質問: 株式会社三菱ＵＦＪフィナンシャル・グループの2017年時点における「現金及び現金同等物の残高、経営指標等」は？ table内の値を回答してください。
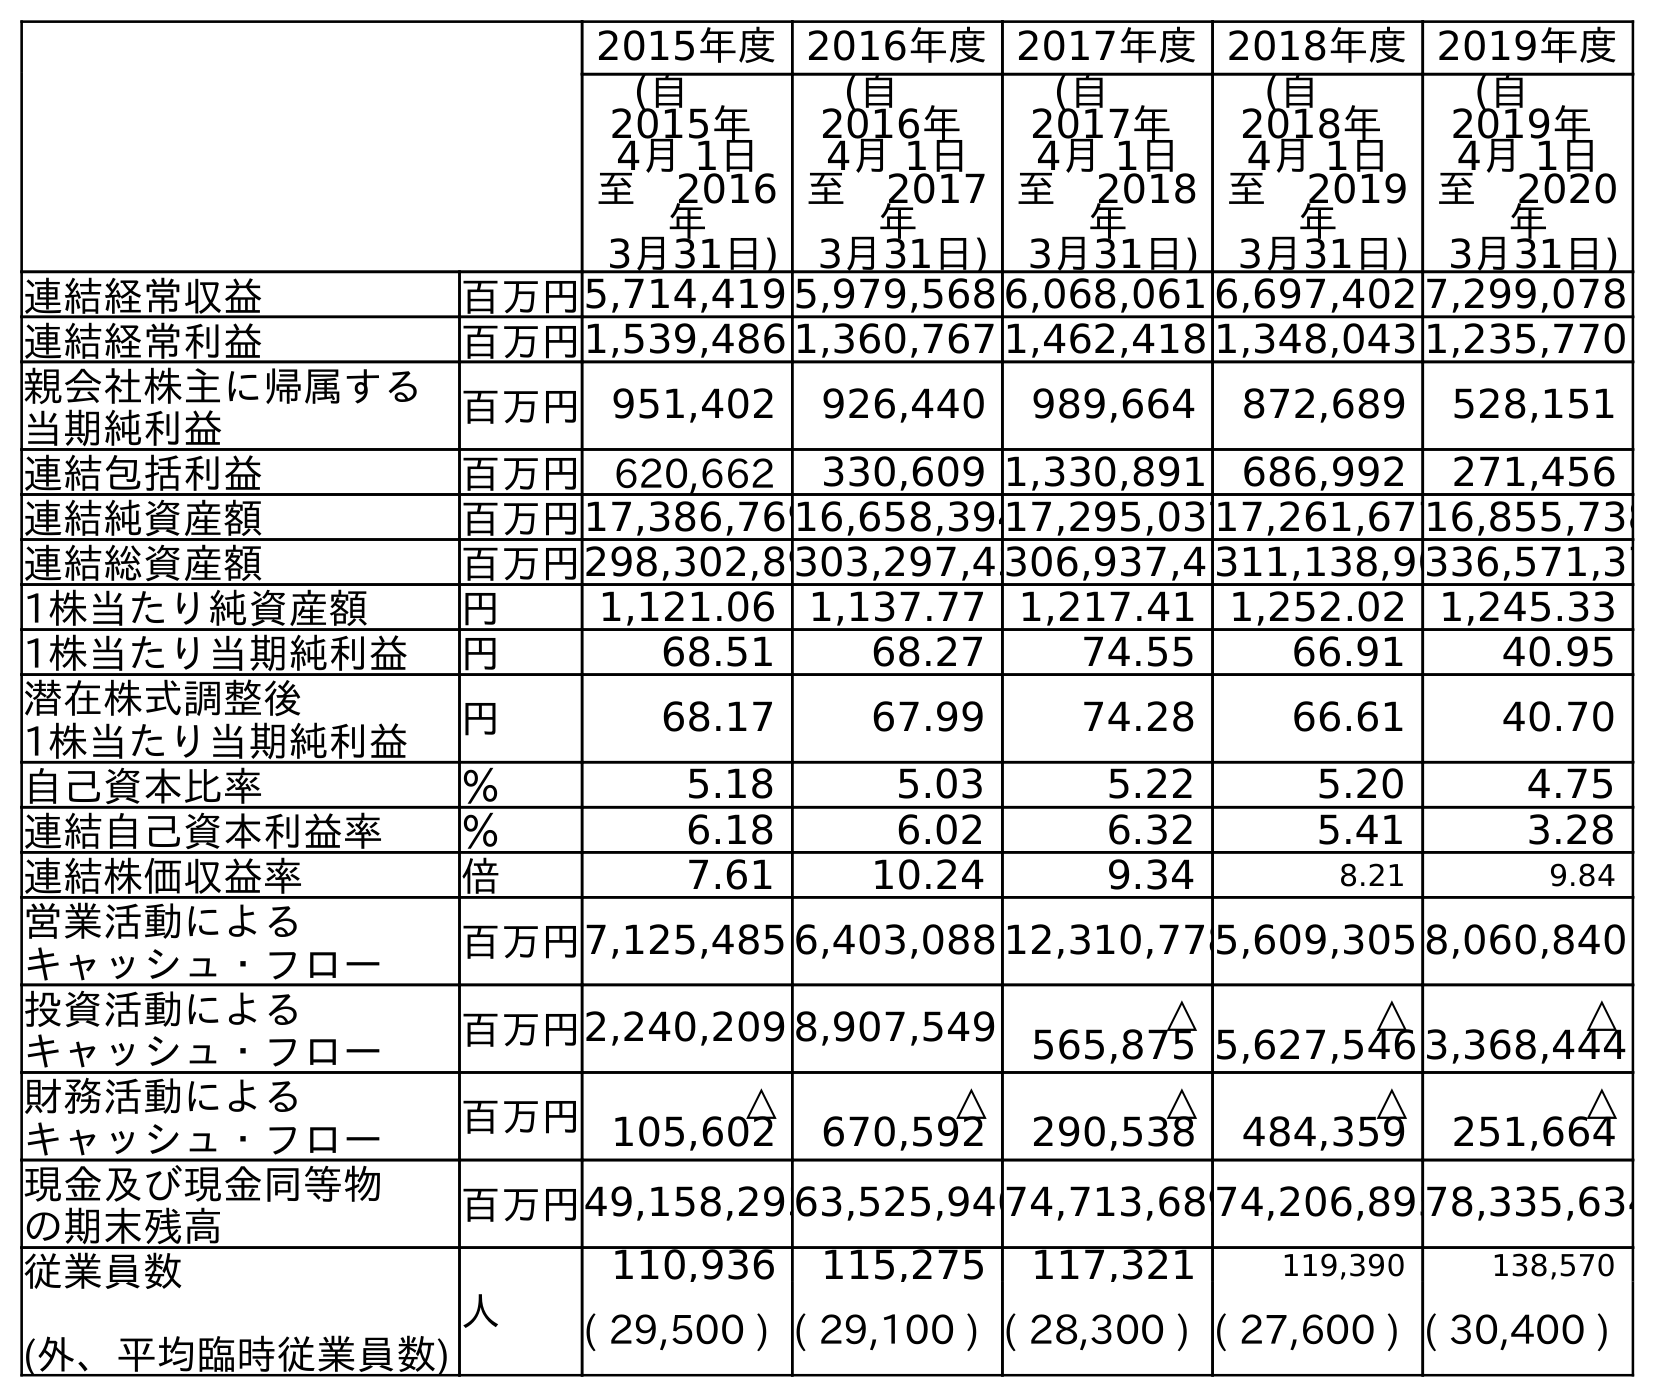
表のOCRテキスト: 2015年度2016年度2017年度2018年度2019年度 (自  2015年 4月 1日 至 2016 年 3月31日) (自  2016年 4月 1日 至 2017 年 3月31日) (自  2017年 4月 1日 至 2018 年 3月31日) (自  2018年 4月 1日 至 2019 年 3月31日) (自  2019年 4月 1日 至 2020 年 3月31日) 連結経常収益 百万円5,714,419 5,979,568 6,068,061 6,697,402 7,299,078 連結経常利益 百万円1,539,486 1,360,767 1,462,418 1,348,043 1,235,770 親会社株主に帰属する 当期純利益 百万円951,402 926,440 989,664 872,689 528,151 連結包括利益 百万円 620,662 330,609 1,330,891 686,992 271,456 連結純資産額 百万円17,386,76916,658,39417,295,03717,261,67716,855,738 連結総資産額 百万円298,302,89303,297,43306,937,4 311,138,90336,571,37 1株当たり純資産額 円 1,121.06 1,137.77 1,217.41 1,252.02 1,245.33 1株当たり当期純利益 円 68.51 68.27 74.55 66.91 40.95 潜在株式調整後 1株当たり当期純利益 円 68.17 67.99 74.28 66.61 40.70 自己資本比率 ％ 5.18 5.03 5.22 5.20 4.75 連結自己資本利益率 ％ 6.18 6.02 6.32 5.41 3.28 連結株価収益率 倍 7.61 10.24 9.34 8.21 9.84 営業活動による キャッシュ・フロー 百万円7,125,485 6,403,088 12,310,7785,609,305 8,060,840 投資活動による キャッシュ・フロー 百万円2,240,209 8,907,549 △ 565,875 △ 5,627,546 △ 3,368,444 財務活動による キャッシュ・フロー 百万円 △ 105,602 △ 670,592 △ 290,538 △ 484,359 △ 251,664 現金及び現金同等物 の期末残高 百万円49,158,29363,525,94074,713,68974,206,89578,335,634 従業員数 (外、平均臨時従業員数) 人 110,936 115,275 117,321 119,390 138,570 ( 29,500 ) ( 29,100 ) ( 28,300 ) ( 27,600 ) ( 30,400 )
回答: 63,525,940